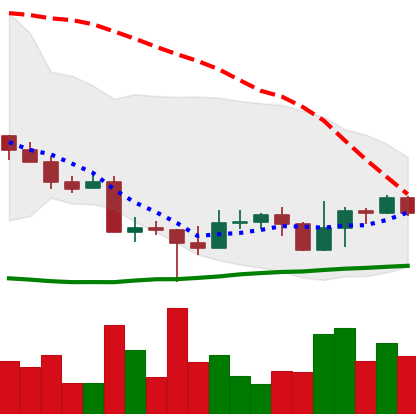
Ticker: EOS-USD
Chart end date: 2022-10-24
Forward return: 6.522%
Label: up_5_7